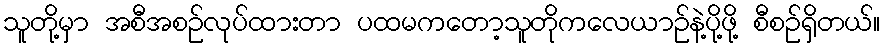
သူတို့မှာ အစီအစဉ်လုပ်ထားတာ ပထမကတော့သူတိုကလေယာဉ်နဲ့ပို့ဖို့ စီစဉ်ရှိတယ်။